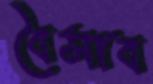
বৈসাব